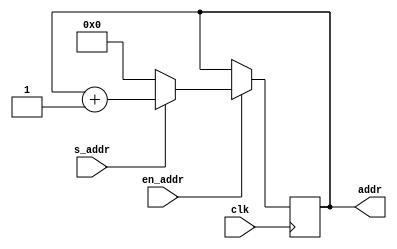
module addr_stage (
   input clk,
   input en_addr,
   input s_addr,
   output reg [3:0] addr
   );
   
   always @(posedge clk)
      if (en_addr)
         if (s_addr)
            addr <= addr + 1;
         else
            addr <= 0;

endmodule